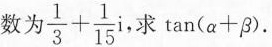
数为 $$\frac{1}{3}+ \frac{1}{15}i$$. 求$$\tan(\alpha +\beta )$$.